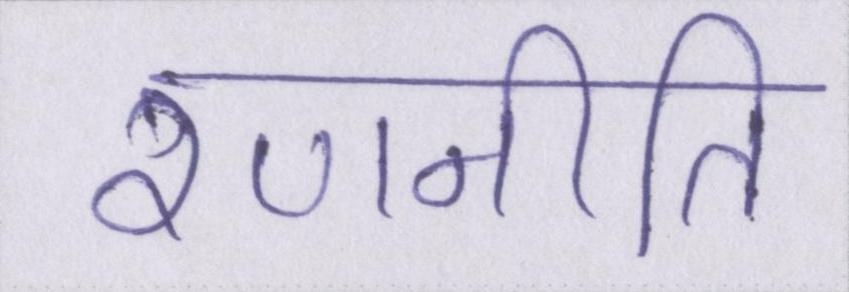
रणनीति